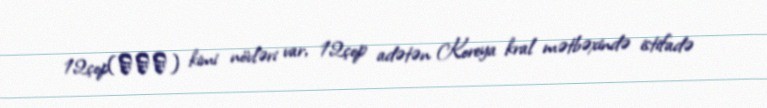
12çop(십이첩) kimi növləri var, 12çop adətən Koreya kral mətbəxində istifadə